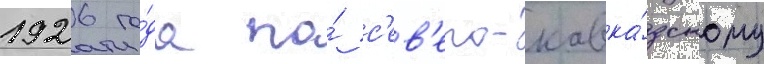
1926 го́да по́ с'ев'еро-кавка́зскому